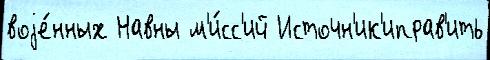
воjе́нных Навны м'и́сс'ий Источн'ик'иправ'ить